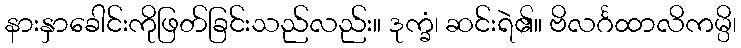
နားနှာခေါင်းကိုဖြတ်ခြင်းသည်လည်း။ ဒုက္ခံ၊ ဆင်းရဲ၏။ ဗိလင်္ဂထာလိကမ္ပိ၊